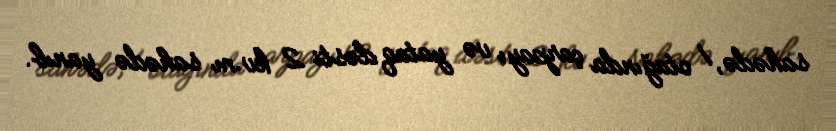
sahədə, 1 otağında çarpayı və yataq dəsti 2 kv.m sahədə yanıb.